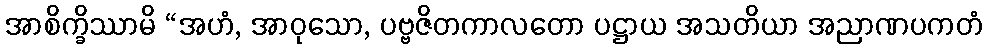
အာစိက္ခိဿာမိ “အဟံ, အာဝုသော, ပဗ္ဗဇိတကာလတော ပဋ္ဌာယ အသတိယာ အညာဏပကတံ